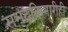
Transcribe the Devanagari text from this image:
समुद्रकिनारीही